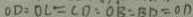
O D : O C = C D : O B : B D = O D